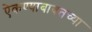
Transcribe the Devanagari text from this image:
ऐकण्याबाबतच्या